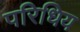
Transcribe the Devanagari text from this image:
परिधिय